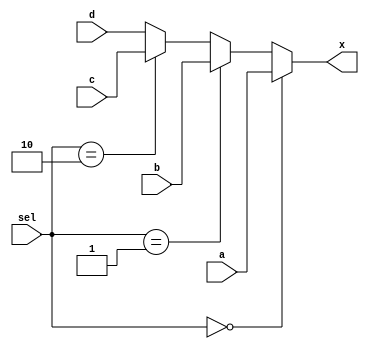
//MODULOS
module mux4a1(a,b,c,d,sel,x);
input [3:0] a,b,c,d;
input [1:0] sel;
output reg [3:0] x;

always@(*)
begin
	if(sel==0)
		x=a;
	else if (sel==1)
		x=b;
	else if (sel==2)
		x=c;
	else 
		x=d;
end
endmodule